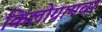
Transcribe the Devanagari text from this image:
किलोग्रामवर